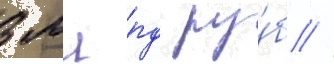
3 млрд ру́б //